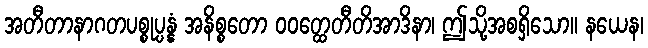
အတီတာနာဂတပစ္စုပ္ပန္နံ အနိစ္စတော ဝဝတ္ထေတီတိအာဒိနာ၊ ဤသို့အစရှိသော။ နယေန၊